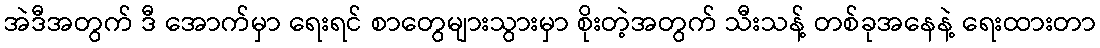
အဲဒီအတွက် ဒီ အောက်မှာ ရေးရင် စာတွေများသွားမှာ စိုးတဲ့အတွက် သီးသန့် တစ်ခုအနေနဲ့ ရေးထားတာ